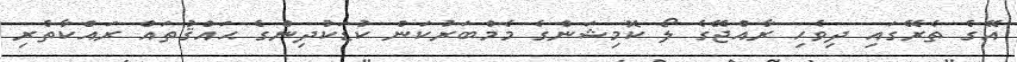
އޭގެ ތެރޭގައި ދިވެހި ރާއްޖޭގެ ލޯ ކޮމިޝަންގެ މެމްބަރުކަން ކުޑަކުދިންގެ ޙައްޤުތައް ރައްކާތެރި